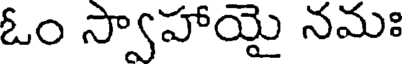
ఓం స్వాహాయై నమః